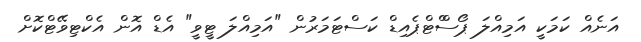
އަނެއް ކަމަކީ އަމިއްލަ ޕޯސްްޓްޕެއިޑް ކަސްޓަމަރުން "އަމިއްލަ ޓީވީ" އެޑް އޮން އެކްޓިވޭޓްކޮށް